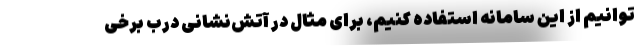
‌توانیم از این سامانه استفاده کنیم، برای مثال در آتش‌نشانی درب برخی